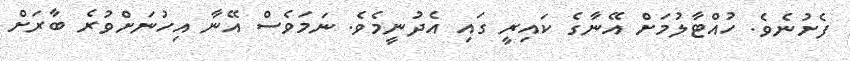
ފެށުނެވެ. ހުއްޓާލުމަށް އޭނާގެ ކައިރީ ގައި އެދުނީމެވެ. ނަމަވެސް އޭނާ އިހުނަށްވުރެ ބާރަށް